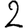
Digit: 2